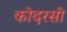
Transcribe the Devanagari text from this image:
कोदरसी